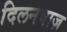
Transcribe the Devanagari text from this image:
दिलनवाज़